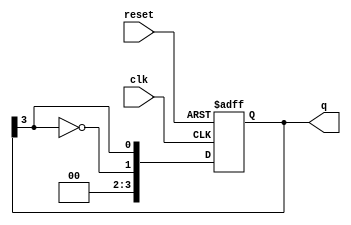
module johnson_counter #(
    parameter N = 4  // Number of flip-flops
)(
    input wire clk,      // Clock signal
    input wire reset,    // Asynchronous reset signal
    output reg [N-1:0] q // Output state of the counter
);

// Always block for the Johnson counter operation
always @(posedge clk or posedge reset) begin
    if (reset) begin
        // Initialize all flip-flops to zero on reset
        q <= 0;
    end else begin
        // Shift the state and feed back the inverted last flip-flop output
        q <= {~q[N-1], q[N-1:N-1]}; // Shift and feedback
    end
end

endmodule